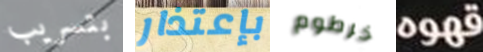
بتسريب بإعتذار خرطوم قهوه